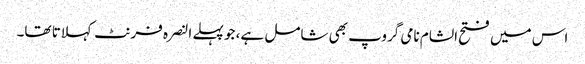
اس میں فتح الشام نامی گروپ بھی شامل ہے، جو پہلے النصرہ فرنٹ کہلاتا تھا۔